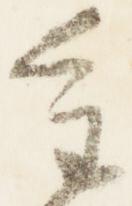
重